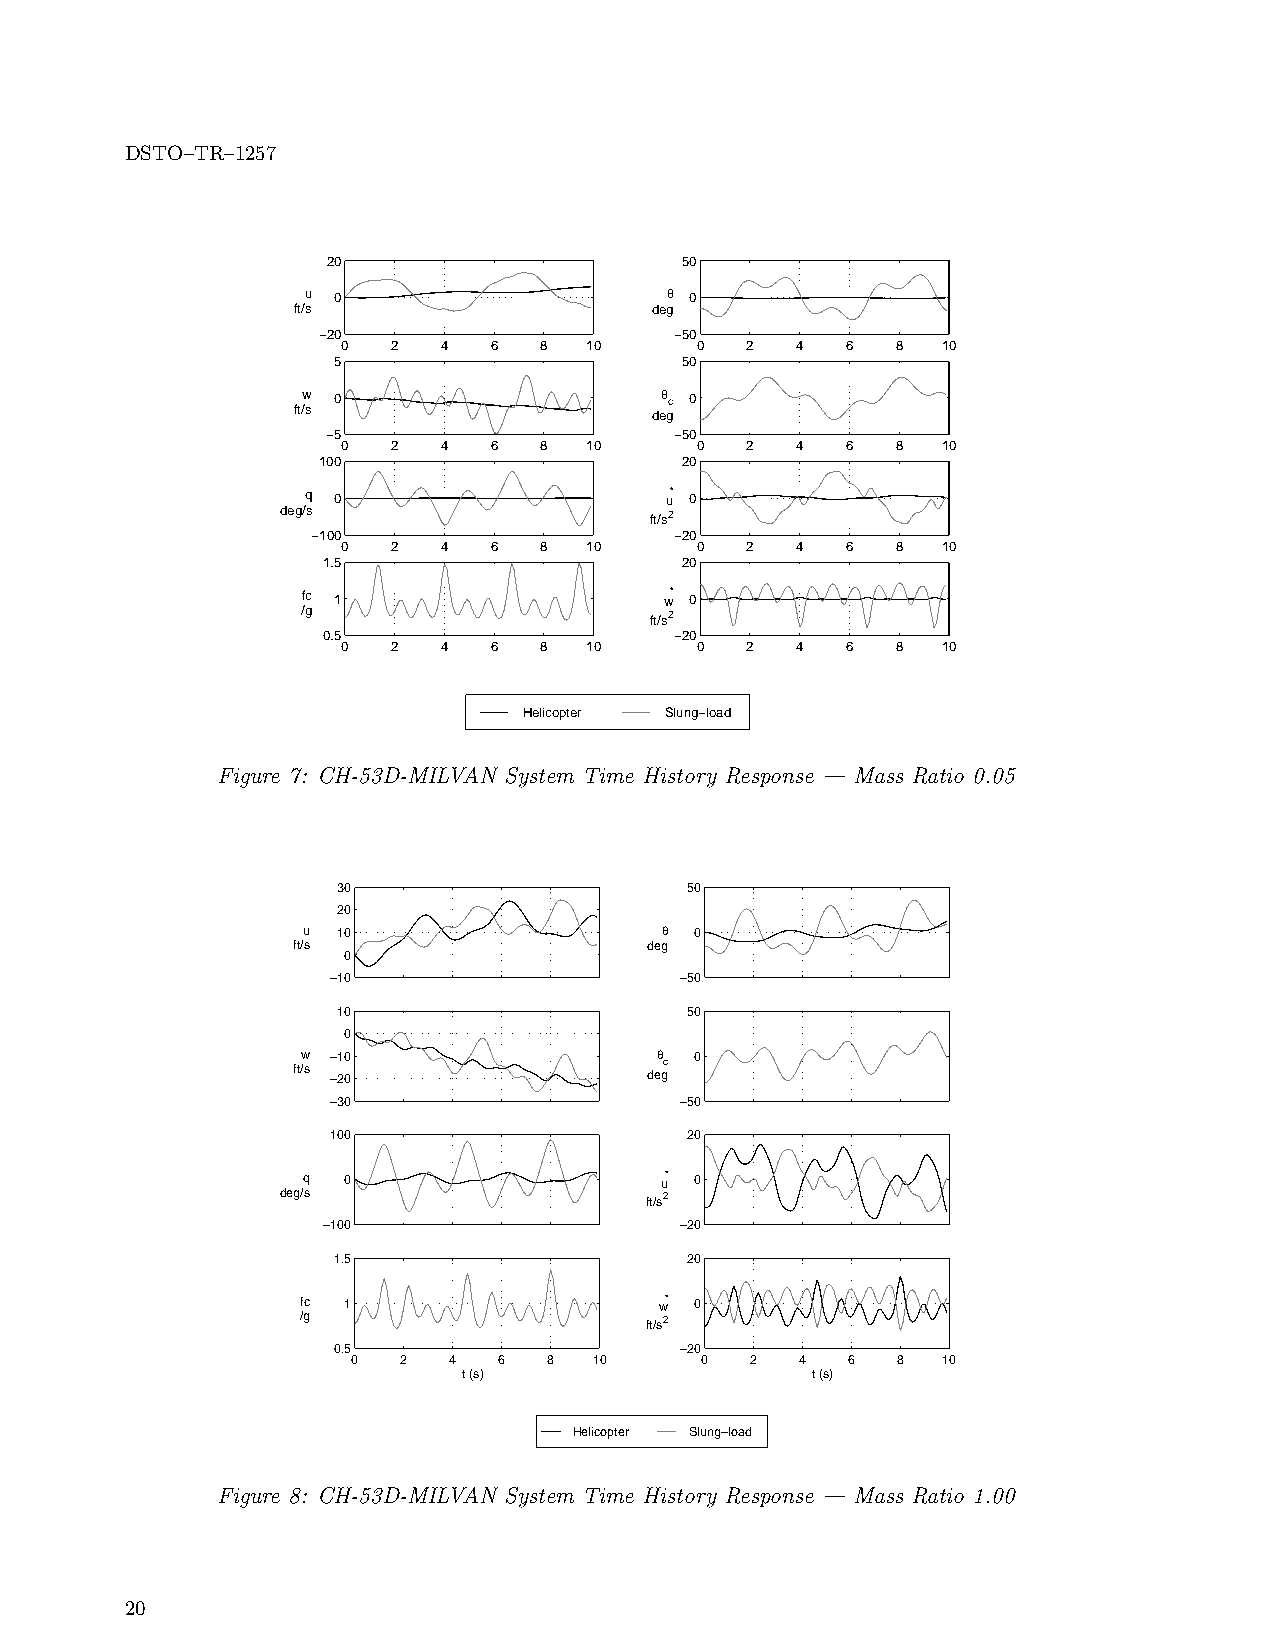
DSTO–TR–1257
 20                     50
 u 0                     q 0
 ft/s                    deg
 −20                     −50
 0  2  4  6   8  10     0  2   4  6  8  10
 5                      50
 w 0                     q c 0
 ft/s                    deg
 −5                     −50
 0  2  4  6   8  10     0  2   4  6  8  10
 100                     20
 q 0                     u• 0
 deg/s                   ft/s2
 −100                    −20
 0  2  4  6   8  10     0  2   4  6  8  10
 1.5                     20
 fc 1                    w• 0
 /g                     ft/s2
 0.5                     −20
 0  2  4  6   8  10     0  2   4  6  8  10
 Helicopter Slung−load
 Figure 7: CH-53D-MILVAN System Time History Response — Mass Ratio 0.05
 30                     50
 20
 u 10                    q 0
 ft/s                    deg
 0
 −10                    −50
 10                     50
 0
 ft/w s −− 21 00         deq gc 0
 −30                    −50
 100                    20
 q  0                    u• 0
 deg/s                   ft/s2
 −100                    −20
 1.5                    20
 fc 1                    w• 0
 /g                     ft/s2
 0.5                    −20
 0   2  4  6  8  10     0   2  4  6  8  10
 t (s)                  t (s)
 Helicopter Slung−load
 Figure 8: CH-53D-MILVAN System Time History Response — Mass Ratio 1.00
 20